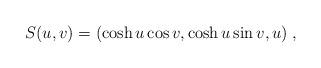
LaTeX: \begin{align*}S(u,v)=(\cosh u \cos v, \cosh u \sin v, u) \; , \end{align*}